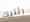
رئتيك